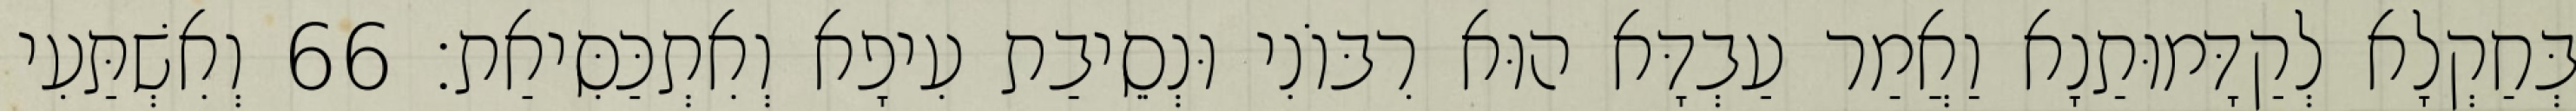
בְּחַקְלָא לְקַדָּמוּתַנָא וַאֲמַר עַבְדָּא הוּא רִבּוֹנִי וּנְסֵיבַת עִיפָא וְאִתְכַּסִּיאַת׃ 66 וְאִשְׁתַּעִי